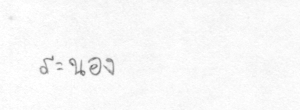
ระนอง